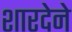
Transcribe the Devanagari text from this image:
शारदेने